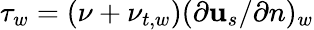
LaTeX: \tau_{w}=(\nu+\nu_{t,w})(\partial{\mathbf{u}_{s}}/\partial{n})_{w}